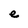
Character: e